Report on plague in the Punjab from October 1st ... to September 30th ..., being the ... season of plague in the province
Disease focus: Plague
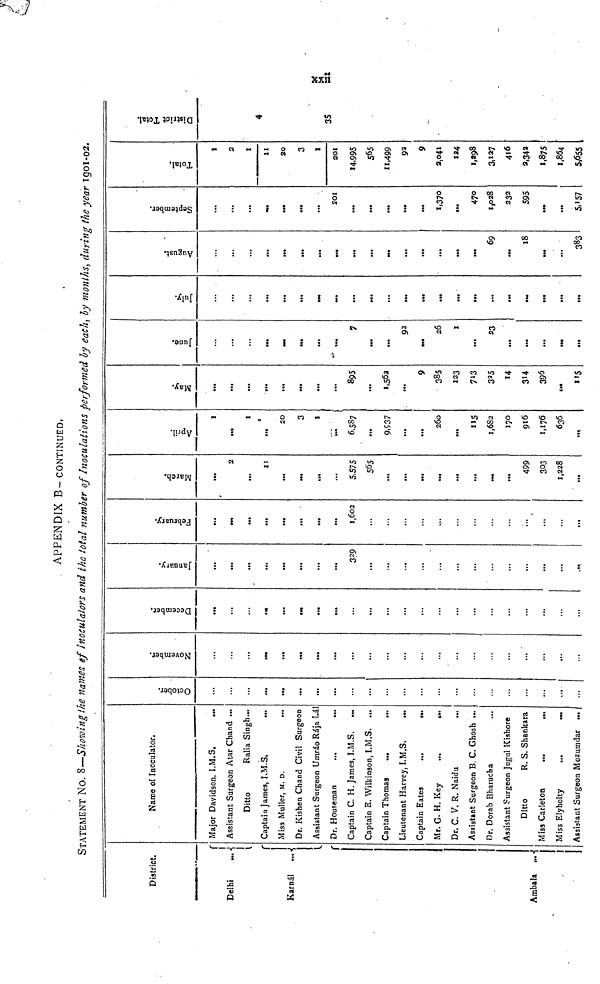
APPENDIX B– CONTINUED.
STATEMENT NO. 8—Showing the names of Inoculators and the total number of Inoculations performed by each, by months, during the year 1901-02.
District.
Delhi
...
Karnál ...
Ambala ...
Name of Inoculator.
Major Davidson, I.M.S.
...
Assistant Surgeon Atar Chand ...
Ditto
Ralia Singh...
Captain James, I.M.S,
...
Miss Muller, M. D.
...
Dr. Kishen Chand Civil Surgeon
Assistant Surgeon Umráo Rája Lál
Dr. Houseman
...
...
Captain C. H.James, I.M.S. ...
Captain E. Wilkinson, I.M.S. ...
Captain Thomas
...
...
Lieutenant Harvey, I.M.S.
...
Captain Eates
...
...
Mr. G. H. Key ... ...
Dr. C. V. R. Naidu ... ...
Assistant Surgeon B. C. Ghosh ...
Dr. Dorab Bharucha ...
Assistant Surgeon Jugul Kishore
Ditto
R. S. Shankara
Miss Carleton
...
...
Miss Elyholty ... ...
Assistant Surgeon Mozumdar ...
October.
...
...
...
...
...
...
...
...
...
...
...
...
...
...
...
...
...
...
...
...
...
November.
...
...
...
...
...
...
...
...
...
...
...
...
...
...
...
...
...
...
...
...
...
...
December.
...
...
...
...
...
...
...
...
...
...
...
...
...
...
...
...
...
...
...
...
...
January.
...
...
...
...
...
...
...
...
329
...
...
...
...
...
...
...
...
...
...
...
...
...
February.
....
...
...
...
.....
...
...
...
1, 602
...
...
...
...
...
...
...
...
...
...
...
...
...
March.
...
2
...
11
...
...
...
...
5,575
565
...
...
...
...
...
...
...
...
499
303
1,228
...
April.
1
...
1
...
20
3
1
...
6,587
...
9,537
...
...
260
...
115
1,682
170
916
1,176
636
...
May.
...
...
...
...
...
...
...
...
895
...
1,562
...
9
385
123
713
325
14
314
396
...
115
June.
...
...
...
...
...
...
...
...
7
...
...
92
...
26
1
...
23
...
...
...
...
...
July.
...
...
...
...
...
...
...
...
...
...
...
...
...
...
...
...
...
...
...
...
...
....
August.
...
...
...
...
...
...
...
...
...
...
...
...
...
...
...
...
69
...
18
...
...
383
September.
...
...
...
...
...
...
...
201
...
...
...
...
...
1,370
...
470
1,028
232
595
...
...
5,157
Total.
1
2
1
11
20
3
1
201
14,995
565
11,499
93
9
2,041
124
1,298
3,127
416
3.342
1,875
1,864
5,655
District Total.
4
...
...
35